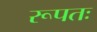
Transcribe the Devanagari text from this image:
रूपतः